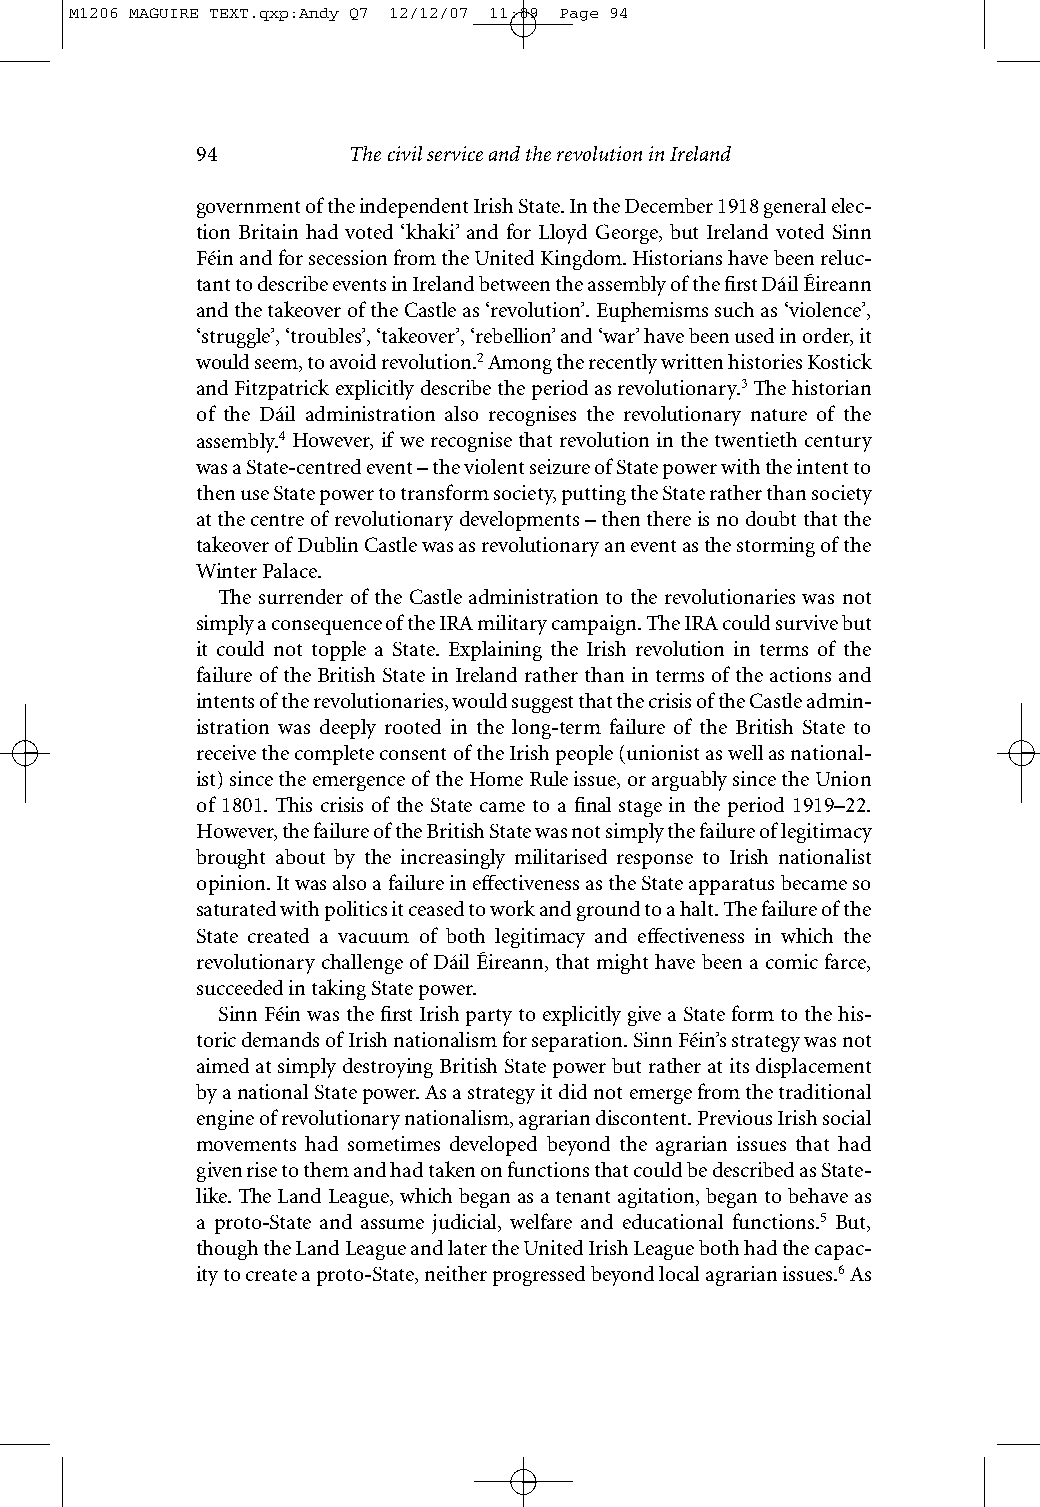
M1206 MAGUIRE TEXT.qxp:Andy Q7 12/12/07 11:09 Page 94
 94        The civil service and the revolution in Ireland
 government of the independent Irish State. In the December 1918 general elec-
 tion Britain had voted ‘khaki’ and for Lloyd George, but Ireland voted Sinn
 Féin and for secession from the United Kingdom. Historians have been reluc-
 tant to describe events in Ireland between the assembly of the first Dáil Éireann
 and the takeover of the Castle as ‘revolution’. Euphemisms such as ‘violence’,
 ‘struggle’, ‘troubles’, ‘takeover’, ‘rebellion’ and ‘war’ have been used in order, it
 would seem, to avoid revolution.2Among the recently written histories Kostick
 and Fitzpatrick explicitly describe the period as revolutionary.3The historian
 of the Dáil administration also recognises the revolutionary nature of the
 assembly.4 However, if we recognise that revolution in the twentieth century
 was a State-centred event – the violent seizure of State power with the intent to
 then use State power to transform society, putting the State rather than society
 at the centre of revolutionary developments – then there is no doubt that the
 takeover of Dublin Castle was as revolutionary an event as the storming of the
 Winter Palace.
 The surrender of the Castle administration to the revolutionaries was not
 simply a consequence of the IRA military campaign. The IRA could survive but
 it could not topple a State. Explaining the Irish revolution in terms of the
 failure of the British State in Ireland rather than in terms of the actions and
 intents of the revolutionaries, would suggest that the crisis of the Castle admin-
 istration was deeply rooted in the long-term failure of the British State to
 receive the complete consent of the Irish people (unionist as well as national-
 ist) since the emergence of the Home Rule issue, or arguably since the Union
 of 1801. This crisis of the State came to a final stage in the period 1919–22.
 However, the failure of the British State was not simply the failure of legitimacy
 brought about by the increasingly militarised response to Irish nationalist
 opinion. It was also a failure in effectiveness as the State apparatus became so
 saturated with politics it ceased to work and ground to a halt. The failure of the
 State created a vacuum of both legitimacy and effectiveness in which the
 revolutionary challenge of Dáil Éireann, that might have been a comic farce,
 succeeded in taking State power.
 Sinn Féin was the first Irish party to explicitly give a State form to the his-
 toric demands of Irish nationalism for separation. Sinn Féin’s strategy was not
 aimed at simply destroying British State power but rather at its displacement
 by a national State power. As a strategy it did not emerge from the traditional
 engine of revolutionary nationalism, agrarian discontent. Previous Irish social
 movements had sometimes developed beyond the agrarian issues that had
 given rise to them and had taken on functions that could be described as State-
 like. The Land League, which began as a tenant agitation, began to behave as
 a proto-State and assume judicial, welfare and educational functions.5 But,
 though the Land League and later the United Irish League both had the capac-
 ity to create a proto-State, neither progressed beyond local agrarian issues.6As